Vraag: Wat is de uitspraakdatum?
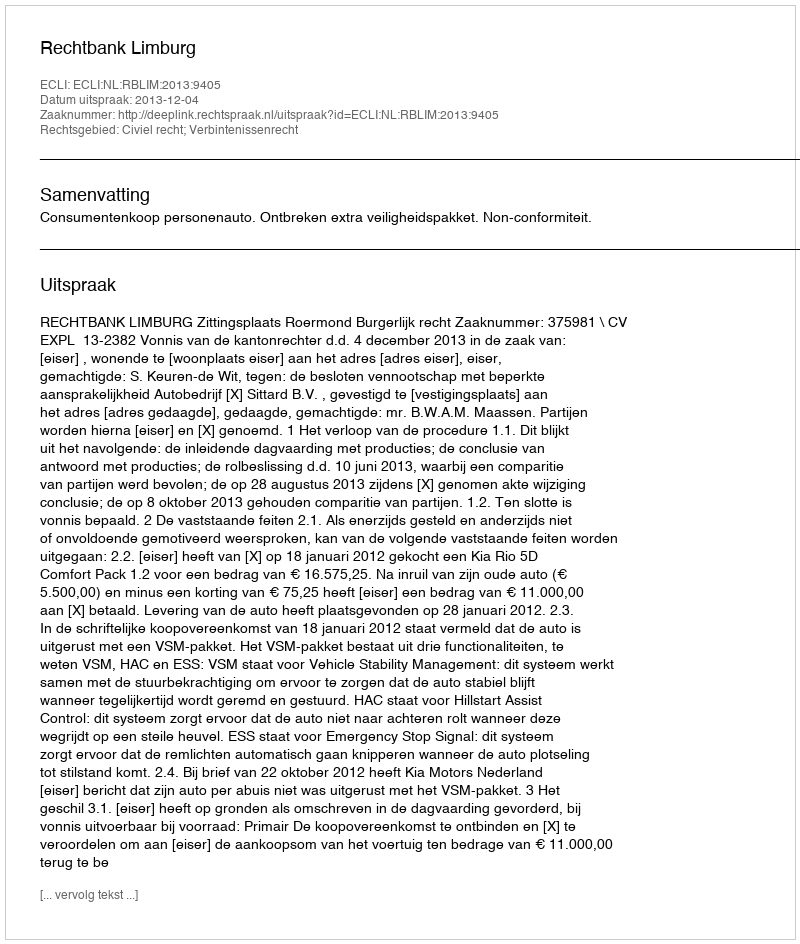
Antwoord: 2013-12-04